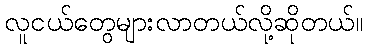
လူငယ်တွေများလာတယ်လို့ဆိုတယ်။